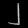
Digit: ၂